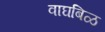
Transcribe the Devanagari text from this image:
वाघबिळ